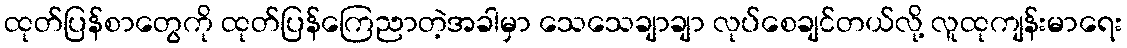
ထုတ်ပြန်စာတွေကို ထုတ်ပြန်ကြေညာတဲ့အခါမှာ သေသေချာချာ လုပ်စေချင်တယ်လို့ လူထုကျန်းမာရေး